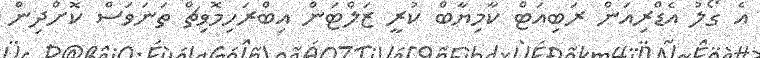
އެ ގޯލު އެޑްރިއަން ރަބިއަޓް ކާމިޔާބް ކުރީ ޒަލްޓަން އިބްރަހިމޮވިޗް ތަނަވަސް ކޮށްދިން